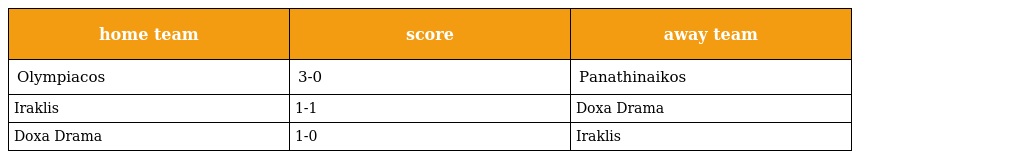
| home team | score | away team |
 | --- | --- | --- |
 | Olympiacos | 3-0 | Panathinaikos |
 | Iraklis | 1-1 | Doxa Drama |
 | Doxa Drama | 1-0 | Iraklis |